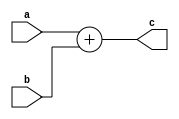
module test1(a,b,c);
input a,b;
output c;

assign c =  a+b;

endmodule